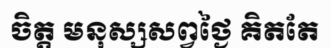
ចិត្ត មនុស្សសព្វថ្ងៃ គិតតែ